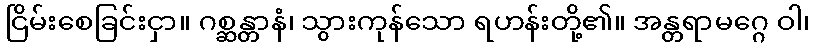
ငြိမ်းစေခြင်းငှာ။ ဂစ္ဆန္တာနံ၊ သွားကုန်သော ရဟန်းတို့၏။ အန္တရာမဂ္ဂေ ဝါ၊